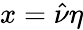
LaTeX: x=\hat{\nu}\eta